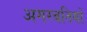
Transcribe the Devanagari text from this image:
अगरबतियों